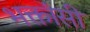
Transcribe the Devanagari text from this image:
भक्तांसी